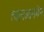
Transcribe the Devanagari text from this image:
त्यानआनमेन